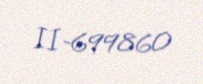
II-699860